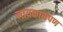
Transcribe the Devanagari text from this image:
नायकासपण